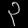
Digit: ၃